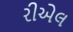
રીએલ